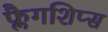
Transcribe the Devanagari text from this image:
फ्लैगशिप्‍स